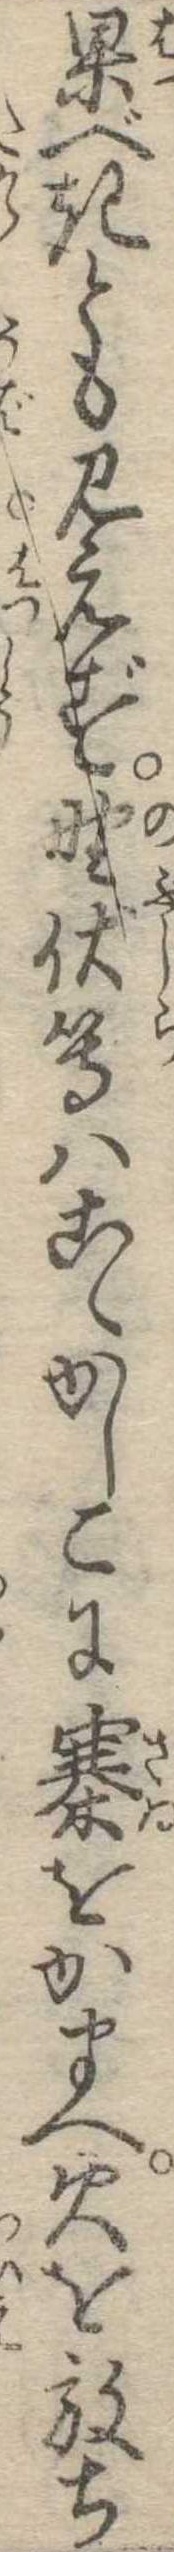
果べきとも見えず野伏等はこゝかしこに寨をかまへ火を放ち